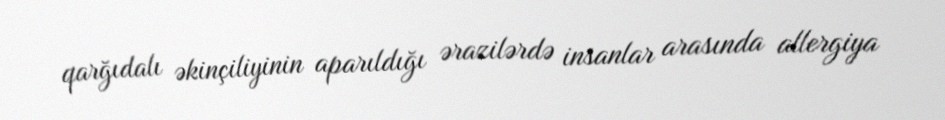
qarğıdalı əkinçiliyinin aparıldığı ərazilərdə insanlar arasında allergiya